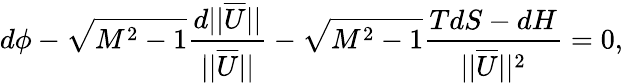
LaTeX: d\phi-\sqrt{M^{2}-1}\frac{d||\overline{{U}}||}{||\overline{{U}}||}-\sqrt{M^{2}-1}\frac{TdS-dH}{||\overline{{U}}||^{2}}=0,